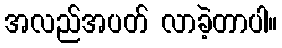
အလည်အပတ် လာခဲ့တာပါ။